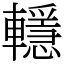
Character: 𨏈